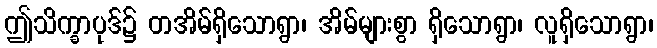
ဤသိက္ခာပုဒ်၌ တအိမ်ရှိသောရွာ၊ အိမ်များစွာ ရှိသောရွာ၊ လူရှိသောရွာ၊